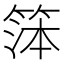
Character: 𬕙